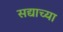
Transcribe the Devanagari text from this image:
सद्याच्या